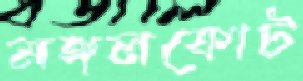
মঙ্গলকোট